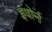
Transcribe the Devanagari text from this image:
इवोर्न